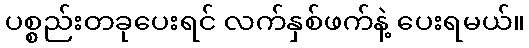
ပစ္စည်းတခုပေးရင် လက်နှစ်ဖက်နဲ့ ပေးရမယ်။